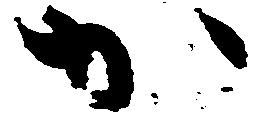
か